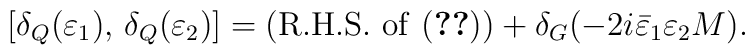
[\delta _Q(\varepsilon _1),\,\delta _Q(\varepsilon _2)]=({\rm R.H.S.~of~(\ref{eq:QQcommutator})})+\delta _G(-2i\bar\varepsilon _1\varepsilon _2M).